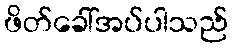
ဖိတ်ခေါ်အပ်ပါသည်